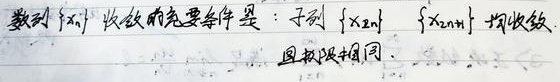
数列\(\{x_n\}\)收敛的充要条件是：子列\(\{x_{2n}\}\)与\(\{x_{2n + 1}\}\)均收敛，且极限相同。